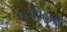
ઘરવિહોણો